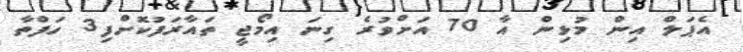
އެޕަލް އިން މުޅިން އާ 70 އަށްވުރެ ގިނަ އިމޯޖީ ތައާރަފުކޮށްފި3 ހަފްތާ